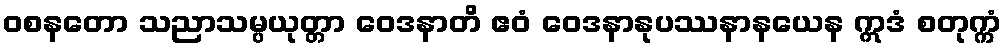
ဝစနတော သညာသမ္ပယုတ္တာ ဝေဒနာတိ ဧဝံ ဝေဒနာနုပဿနာနယေန ဣဒံ စတုက္ကံ